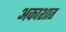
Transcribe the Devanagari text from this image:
अकाशात